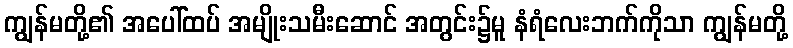
ကျွန်မတို့၏ အပေါ်ထပ် အမျိုးသမီးဆောင် အတွင်း၌မူ နံရံလေးဘက်ကိုသာ ကျွန်မတို့